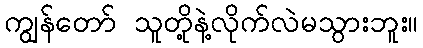
ကျွန်တော် သူတို့နဲ့လိုက်လဲမသွားဘူး။